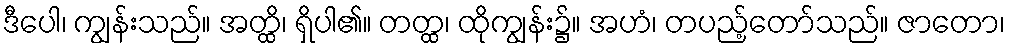
ဒီပေါ၊ ကျွန်းသည်။ အတ္ထိ၊ ရှိပါ၏။ တတ္ထ၊ ထိုကျွန်း၌။ အဟံ၊ တပည့်တော်သည်။ ဇာတော၊